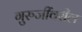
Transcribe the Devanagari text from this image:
गुरुजींवरील